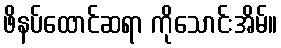
ဖိနပ်ထောင်ဆရာ ကိုသောင်းအိမ်။